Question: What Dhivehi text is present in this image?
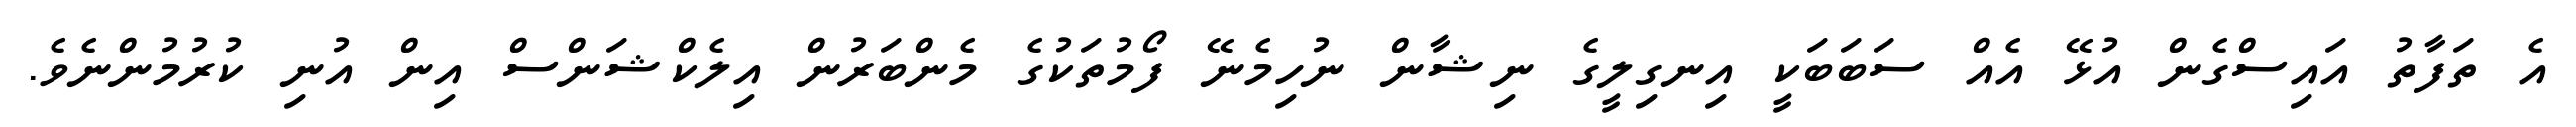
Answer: އެ ތަފާތު އައިސްގެން އުޅޭ އެއް ސަބަބަކީ އިނގިލީގެ ނިޝާން ނުހިމެނޭ ފޯމުތަކުގެ މެންބަރުން އިލެކްޝަންސް އިން އުނި ކުރުމުންނެވެ.